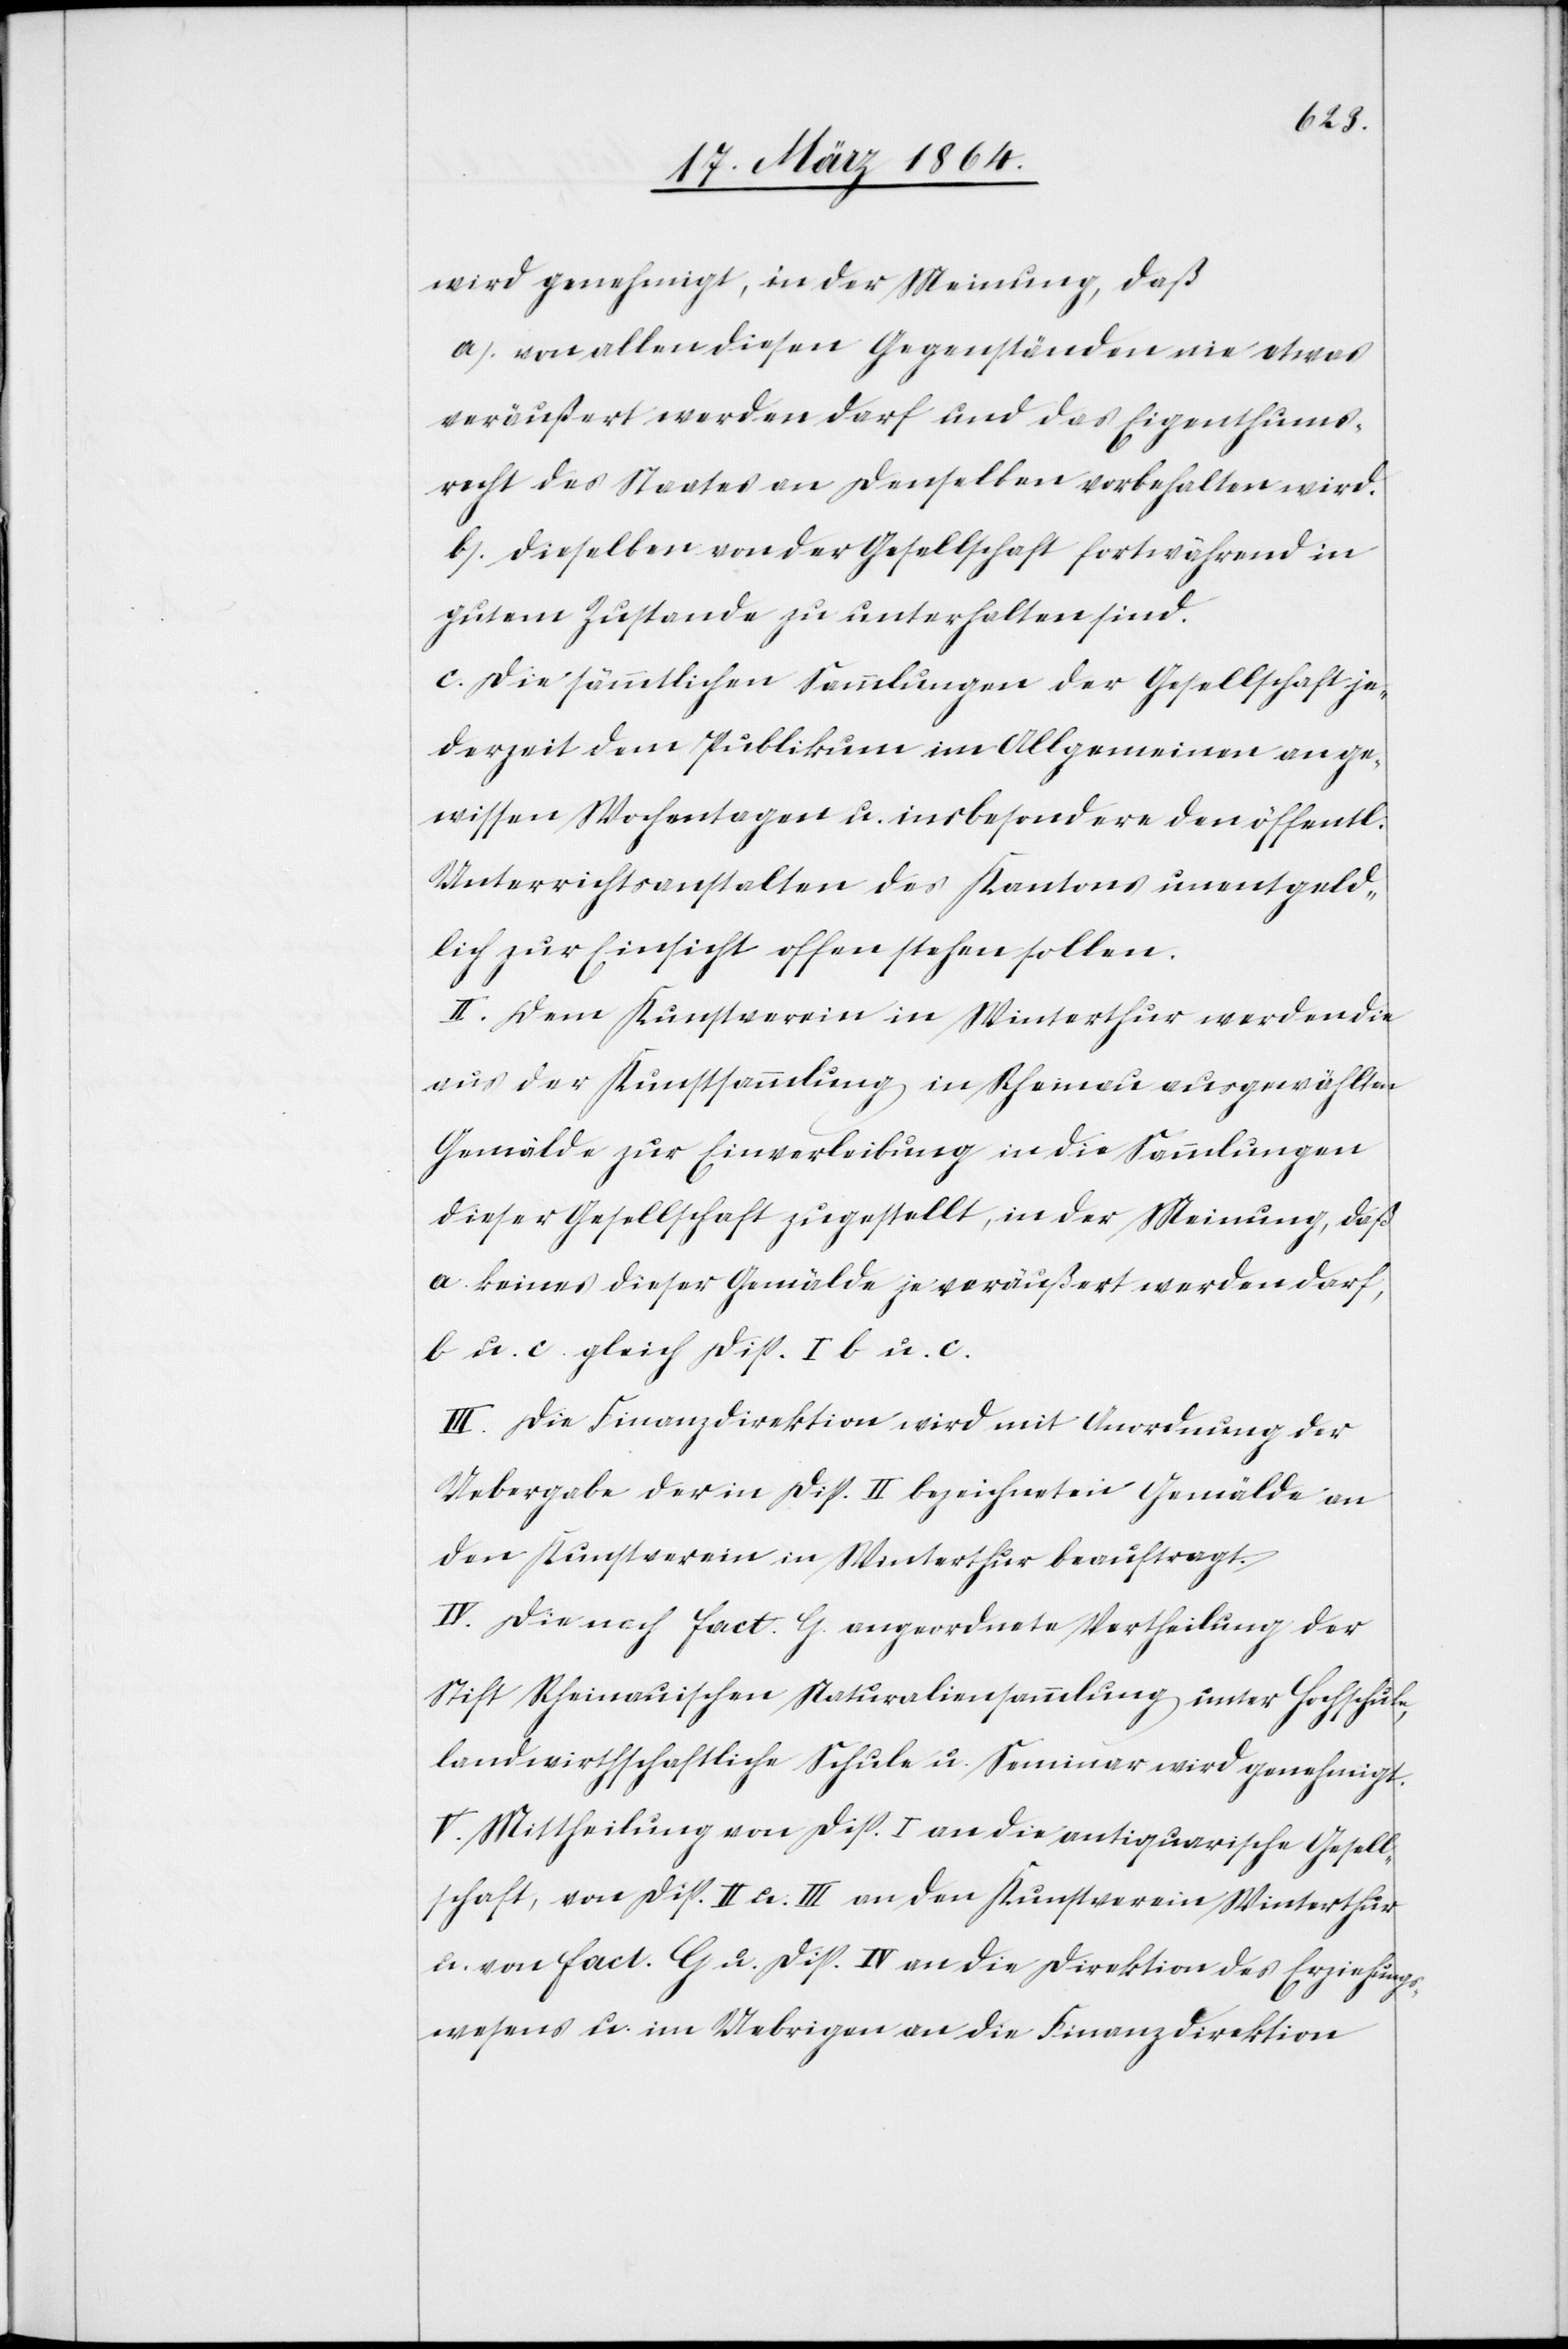
wird genehmigt, in der Meinung, daß
a.) von allen diesen Gegenständen nie etwas
veräußert werden darf und das Eigenthums¬
recht des Staates an denselben vorbehalten wird.
b.) dieselben von der Gesellschaft fortwährend in
gutem Zustande zu unterhalten sind.
c.) die sämmtlichen Sammlungen der Gesellschaft je¬
derzeit dem Publikum im Allgemeinen an ge¬
wissen Wochentagen u. insbesondere den öffentl.
Unterrichtsanstalten des Kantons unentgeld¬
lich zur Einsicht offen stehen sollen.
II. Dem Kunstverein in Winterthur werden die
aus der Kunstsammlung in Rheinau ausgewählten
Gemälde zur Einverleibung in die Sammlungen
dieser Gesellschaft zugestellt, in der Meinung, daß
a. keines dieser Gemälde je veräußert werden darf,
b. u. c. gleich Disp. I b u. c.
III. Die Finanzdirektion wird mit Anordnung der
Uebergabe der in Disp. II. bezeichneten Gemälde an
den Kunstverein in Winterthur beauftragt.
IV. Die nach fact. G. angeordnete Vertheilung der
Stift Rheinauischen Naturaliensammlung unter Hochschule,
landwirthschaftliche Schule u. Seminar wird genehmigt.
V. Mittheilung von Disp. I an die antiquarische Gesell¬
schaft, von Disp. II u. III. an den Kunstverein Winterthur
u. von fact. G. u. Disp. IV an die Direktion des Erziehungs¬
wesens u. im Uebrigen an die Finanzdirektion